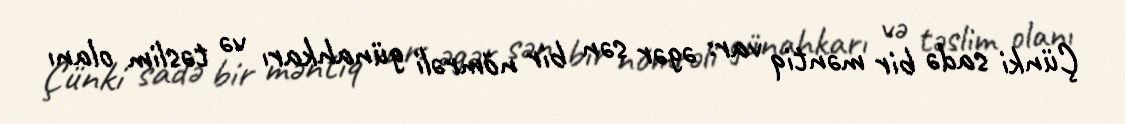
Çünki sadə bir məntiq var: əgər sən bir nömrəli günahkarı və təslim olanı